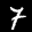
Label: 7